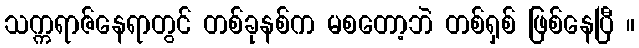
သက္ကရာဇ်နေရာတွင် တစ်ခုနစ်က မစတော့ဘဲ တစ်ရှစ် ဖြစ်နေပြီ ။